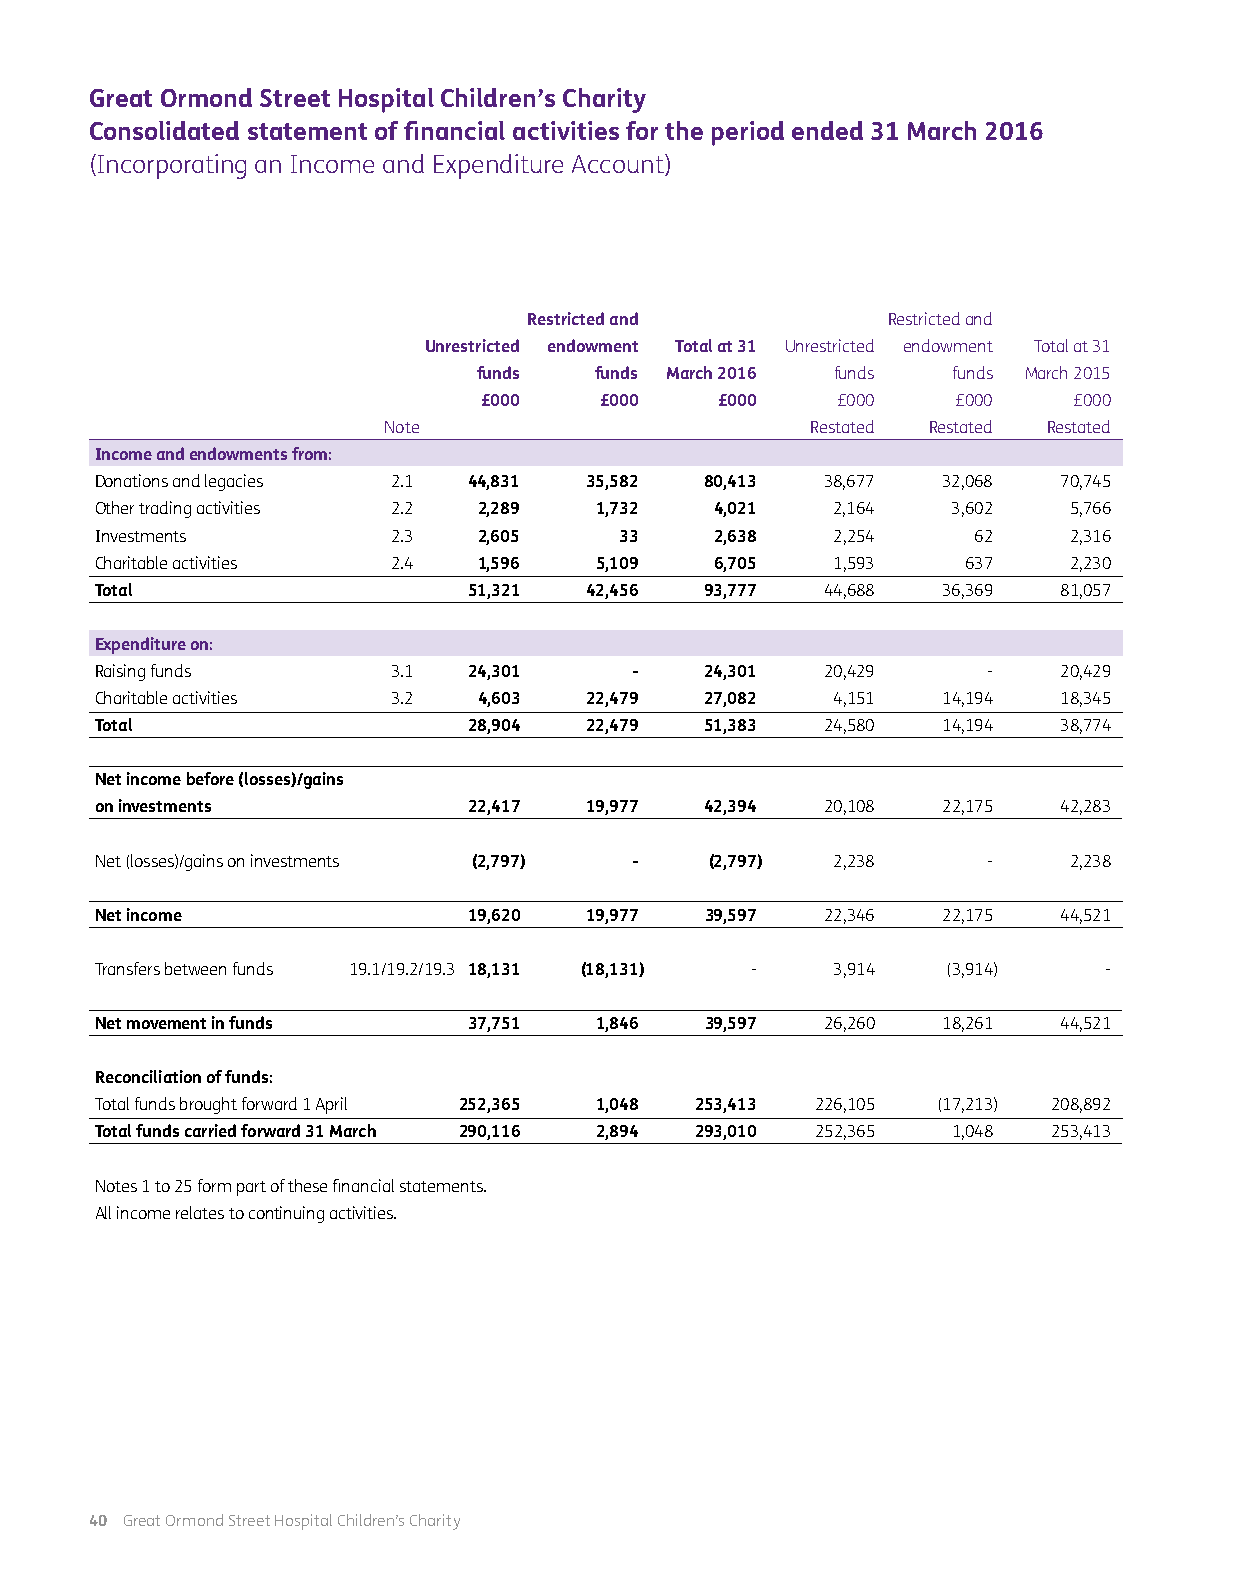
Great Ormond Street Hospital Children’s Charity
 Consolidated statement of financial activities for the period ended 31 March 2016
 (Incorporating an Income and Expenditure Account)
 Restricted and          Restricted and
 Unrestricted endowment Total at 31 Unrestricted endowment Total at 31
 funds  funds March 2016 funds  funds March 2015
 £000    £000   £000    £000    £000    £000
 Note                         Restated Restated Restated
 Income and endowments from:
 Donations and legacies 2.1 44,831 35,582 80,413  38,677 32,068  70,745
 Other trading activities 2.2 2,289 1,732 4,021   2,164   3,602   5,766
 Investments         2.3   2,605    33    2,638   2,254    62     2,316
 Charitable activities 2.4 1,596  5,109   6,705   1,593    637    2,230
 Total                    51,321  42,456  93,777  44,688 36,369  81,057
 Expenditure on:
 Raising funds       3.1  24,301     -    24,301  20,429    -    20,429
 Charitable activities 3.2 4,603  22,479  27,082  4,151  14,194  18,345
 Total                    28,904  22,479  51,383  24,580 14,194  38,774
 Net income before (losses)/gains
 on investments           22,417  19,977  42,394  20,108 22,175  42,283
 Net (losses)/gains on investments (2,797) - (2,797) 2,238  -     2,238
 Net income               19,620  19,977  39,597  22,346 22,175  44,521
 Transfers between funds 19.1/19.2/19.3 18,131 (18,131) - 3,914 (3,914) -
 Net movement in funds    37,751  1,846   39,597  26,260 18,261  44,521
 Reconciliation of funds:
 Total funds brought forward 1 April 252,365 1,048 253,413 226,105 (17,213) 208,892
 Total funds carried forward 31 March 290,116 2,894 293,010 252,365 1,048 253,413
 Notes 1 to 25 form part of these financial statements.
 All income relates to continuing activities.
 40 Great Ormond Street Hospital Children’s Charity